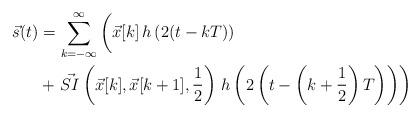
LaTeX: \begin{align*}\vec{s}(t) &= \sum_{k = -\infty}^{\infty} \left( \vphantom{\frac 12} \vec{x}[k] \, h\left(2 (t - kT)\right) \right. \\&+ \left. \vec{SI} \left(\vec{x}[k], \vec{x}[k+1], \frac 12\right) \, h\left(2 \left( t - \left(k + \frac 1 2 \right)T\right)\right) \right)\end{align*}